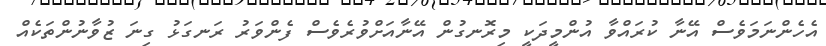
އެހެންނަމަވެސް އޭނާ ކުރައްވާ އުންމީދަކީ މިރޮނގުން އޭނާއަށްވުރެވެސް ފެންވަރު ރަނގަޅު ގިނަ ޒުވާނުންތަކެއް